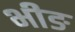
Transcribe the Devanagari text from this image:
भीङ